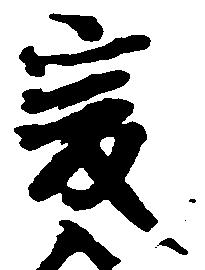
爰